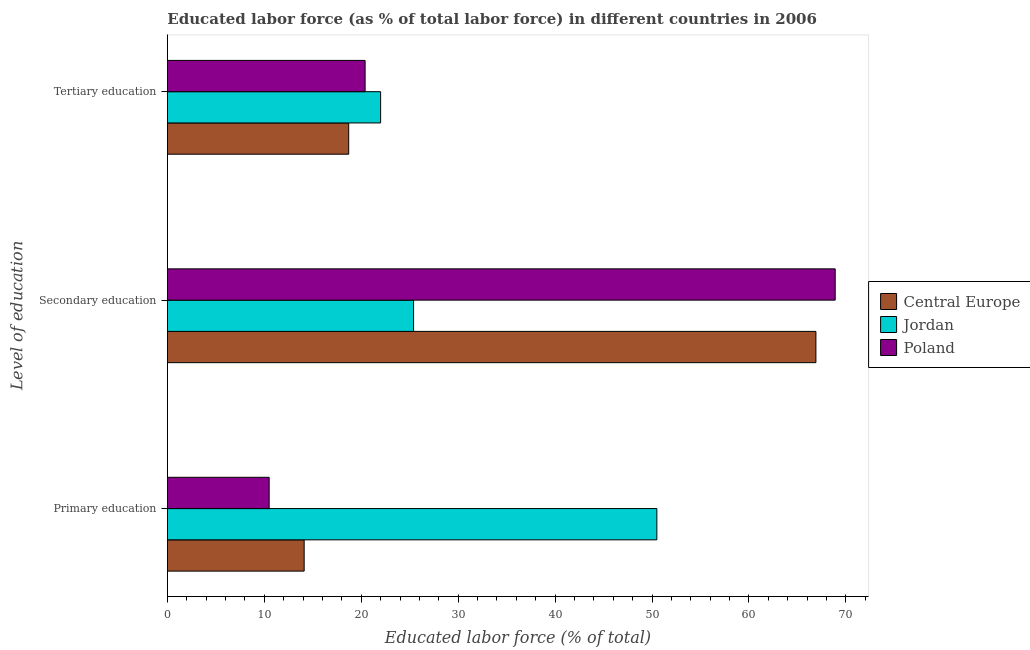
| Level of education | Central Europe | Jordan | Poland |
 | --- | --- | --- | --- |
 | Primary education | 14.1 | 50.5 | 10.5 |
 | Secondary education | 66.9 | 25.4 | 68.9 |
 | Tertiary education | 18.7 | 22 | 20.4 |